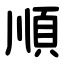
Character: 順